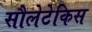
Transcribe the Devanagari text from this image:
सौलेटेकिस